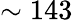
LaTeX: \sim 143